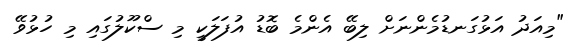
"މިއަދު އަޅުގަނޑުމެންނަށް ލިބޭ އެންމެ ބޮޑު އުފަލަކީ މި ސްކޫލުގައި މި ހުޅުވޭ